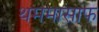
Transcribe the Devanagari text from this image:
थममासाफ